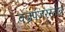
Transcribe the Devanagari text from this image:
वज्रपंजरस्तोत्र